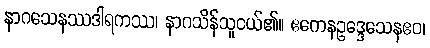
နာဂသေနဿဒါရကဿ၊ နာဂသိန်သူငယ်၏။ ဧကေနဥဒ္ဒေသေနဧဝ၊